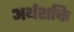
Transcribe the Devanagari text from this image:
अर्थशक्ति